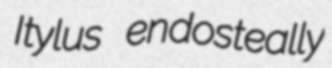
Itylus endosteally